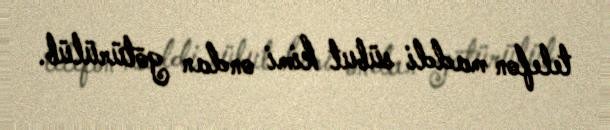
telefon maddi sübut kimi ondan götürülüb.